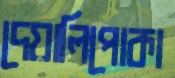
দেয়ালিপোকা